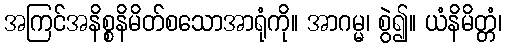
အကြင်အနိစ္စနိမိတ်စသောအာရုံကို။ အာဂမ္မ၊ စွဲ၍။ ယံနိမိတ္တံ၊